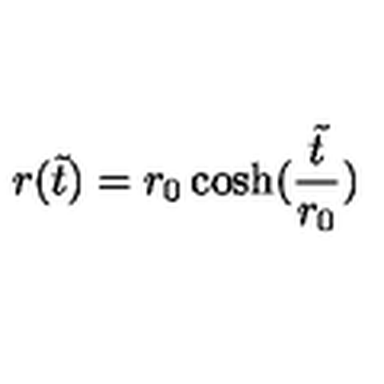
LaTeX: r ( \tilde { t } ) = r _ { 0 } \cosh ( \frac { \tilde { t } } { r _ { 0 } } )